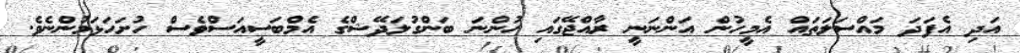
އަދި އެފަދަ މައްސަލަތައް އެމީހުން އަންނަނީ ރާއްޖޭގައި ހުންނަ ބަންގުލަދޭޝްގެ އެމްބަސީއަސްވެސް ހުށަހަޅަމުންނެވެ.